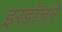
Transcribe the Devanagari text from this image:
इरडॉजने